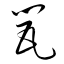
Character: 甖